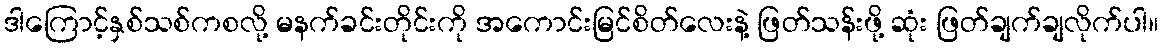
ဒါကြောင့်နှစ်သစ်ကစလို့ မနက်ခင်းတိုင်းကို အကောင်းမြင်စိတ်လေးနဲ့ ဖြတ်သန်းဖို့ ဆုံး ဖြတ်ချက်ချလိုက်ပါ။